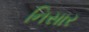
નિસાર